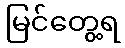
မြင်တွေ့ရ